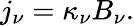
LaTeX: j_{\nu}=\kappa_{\nu}B_{\nu}.